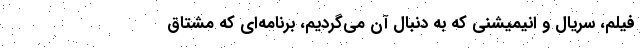
فیلم، سریال و انیمیشنی که به دنبال آن می‌گردیم، برنامه‌ای که مشتاق